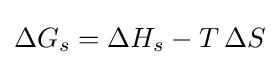
\Delta G_{s}=\Delta H_{s}-T\,\Delta S